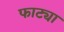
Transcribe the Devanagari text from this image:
फाट्या